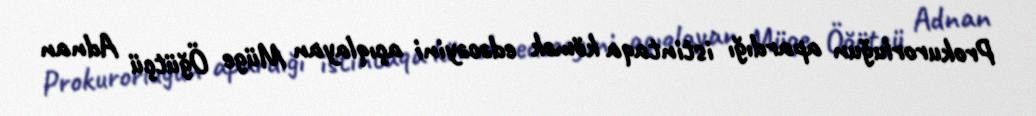
Prokurorluğun apardığı istintaqa kömək edəcəyini açıqlayan Müge Öğütçü Adnan